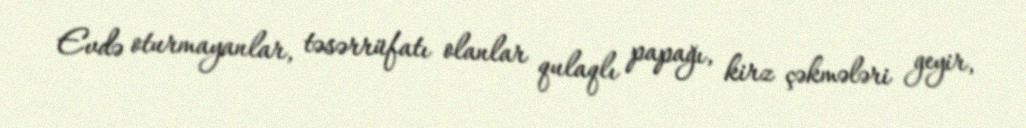
Evdə oturmayanlar, təsərrüfatı olanlar qulaqlı papağı, kirz çəkmələri geyir,